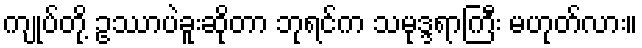
ကျုပ်တို့ ဥဿာပဲခူးဆိုတာ ဘုရင်က သမုဒ္ဒရာကြီး မဟုတ်လား။